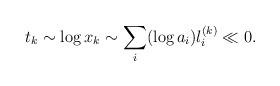
LaTeX: \begin{align*}t_k \sim \log x_k \sim \sum_i (\log a_i) l_i^{(k)} \ll 0.\end{align*}